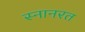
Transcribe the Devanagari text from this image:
स्नानरत